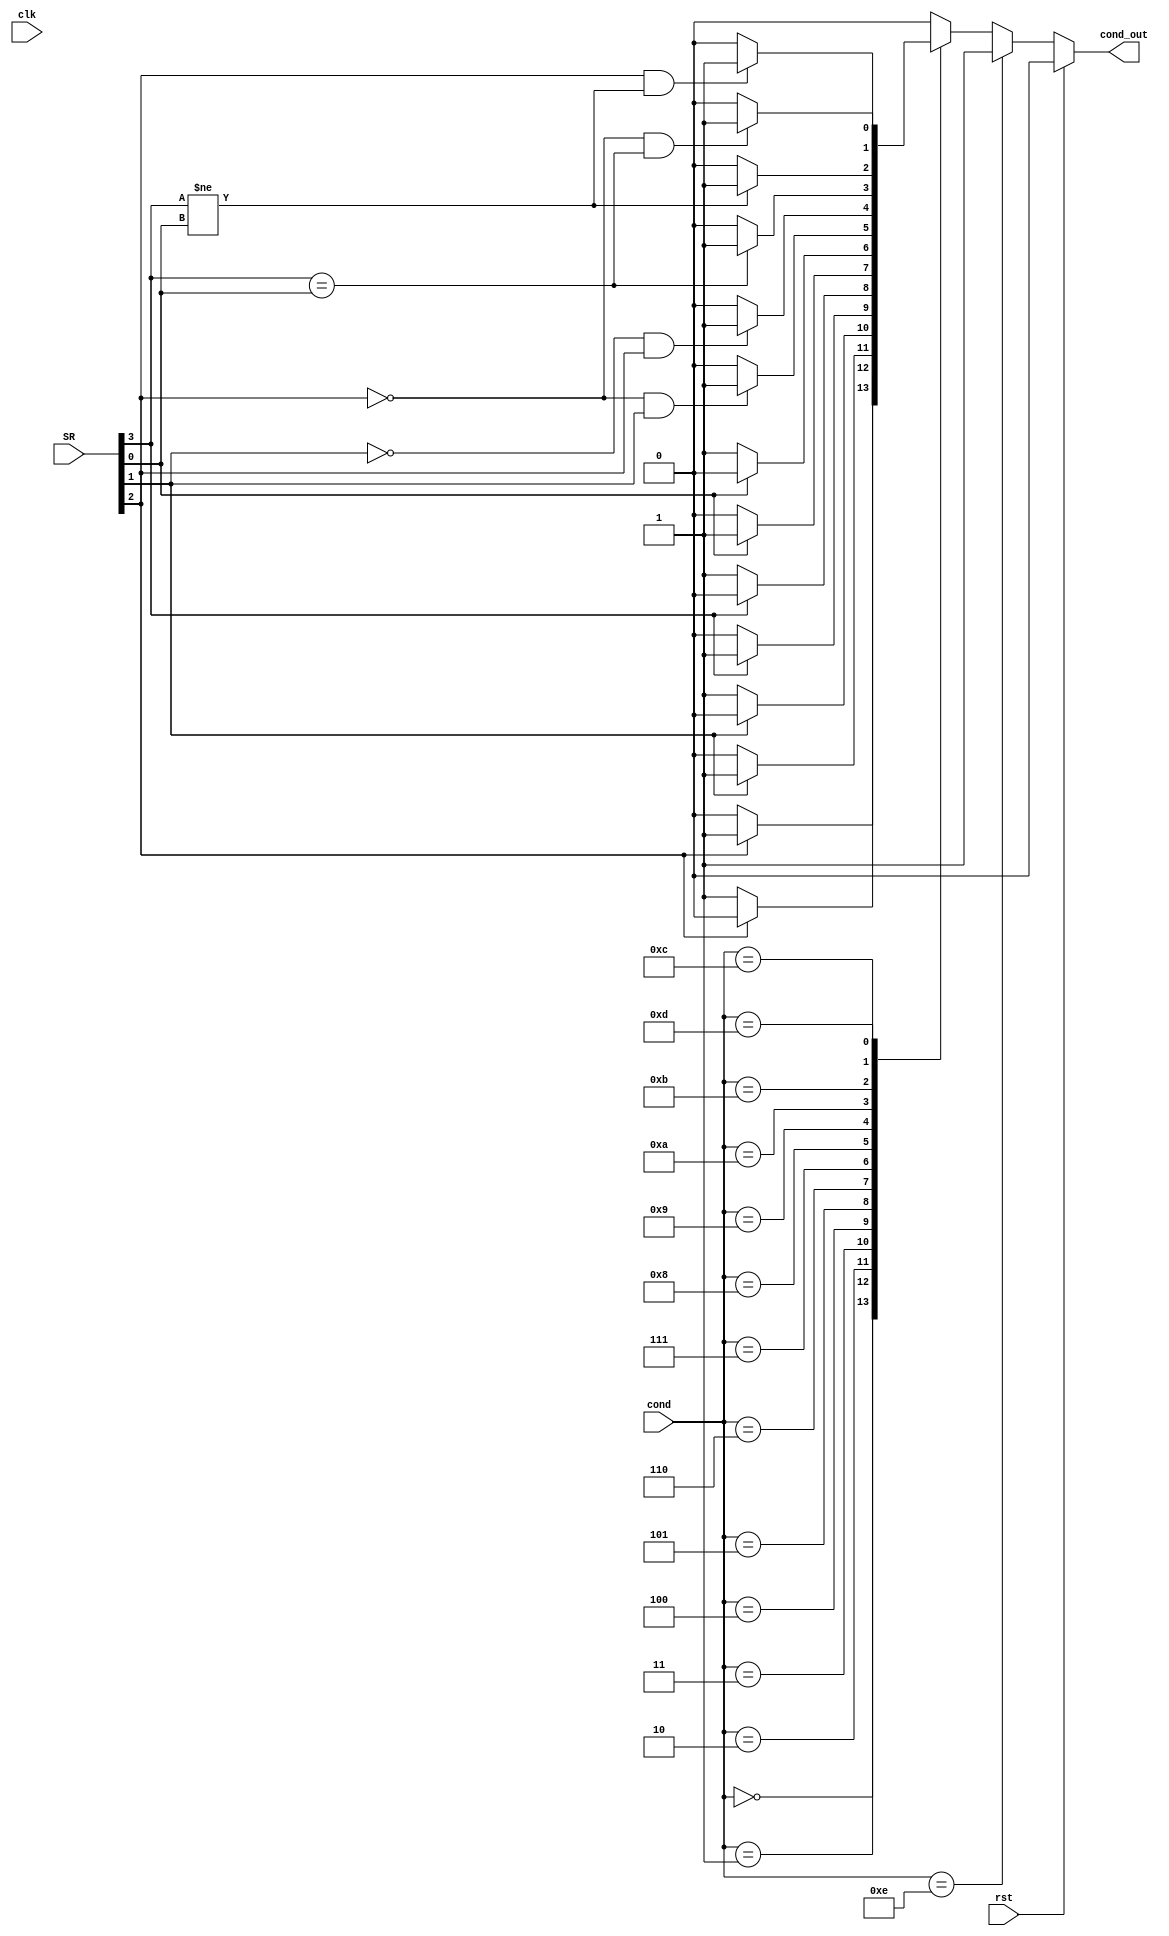
module Condition_Check(input [3:0] cond,input clk,input rst,
                       input [3:0] SR,output reg cond_out);
  always @(*)
  begin
    if (rst==1)
      begin
        cond_out=0;
      end else begin
        if (cond==4'b1110)
          cond_out=1;
        else begin
          case(cond)
            4'b0000 : cond_out =    SR[2] ? 1'b1 : 1'b0 ;
            4'b0001 : cond_out = (~SR[2]) ? 1'b1 : 1'b0 ;
            4'b0010 : cond_out =    SR[1] ? 1'b1 : 1'b0 ;
            4'b0011 : cond_out = (~SR[1]) ? 1'b1 : 1'b0 ;
            4'b0100 : cond_out =    SR[3] ? 1'b1 : 1'b0 ;
            4'b0101 : cond_out = (~SR[3]) ? 1'b1 : 1'b0 ;
            4'b0110 : cond_out =    SR[0] ? 1'b1 : 1'b0 ;
            4'b0111 : cond_out = (~SR[0]) ? 1'b1 : 1'b0 ;
            4'b1000 : cond_out = ((~SR[2]) &&  SR[1]) ? 1'b1 : 1'b0 ;
            4'b1001 : cond_out = ((~SR[1]) &&  SR[2]) ? 1'b1 : 1'b0 ;
            4'b1010 : cond_out =    (SR[3] ==  SR[0]) ? 1'b1 : 1'b0 ;
            4'b1011 : cond_out =    (SR[3] !=  SR[0]) ? 1'b1 : 1'b0 ;
            4'b1100 : cond_out =    ((~SR[2])&&(SR[3] ==  SR[0])) ? 1'b1 : 1'b0 ;
            4'b1101 : cond_out =    ( (SR[2])&&(SR[3] !=  SR[0])) ? 1'b1 : 1'b0 ;
				default : cond_out = 1'b0;
          endcase
        end
      end
    end
  endmodule